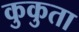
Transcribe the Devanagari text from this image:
कुकुता